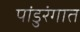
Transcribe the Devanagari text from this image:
पांडुरंगात